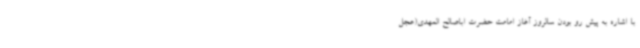
با اشاره به پیش رو بودن سالروز آغاز امامت حضرت اباصالح المهدی(عجل